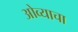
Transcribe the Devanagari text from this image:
ओव्याचा